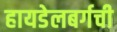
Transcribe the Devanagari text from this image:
हायडेलबर्गची